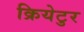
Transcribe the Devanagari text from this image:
क्रियेटुर